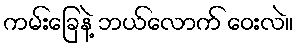
ကမ်းခြေနဲ့ ဘယ်လောက် ဝေးလဲ။